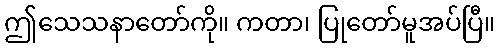
ဤသေသနာတော်ကို။ ကတာ၊ ပြုတော်မူအပ်ပြီ။